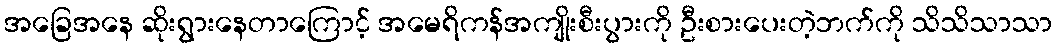
အခြေအနေ ဆိုးရွားနေတာကြောင့် အမေရိကန်အကျိုးစီးပွားကို ဦးစားပေးတဲ့ဘက်ကို သိသိသာသာ